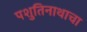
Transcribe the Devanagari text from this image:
पशुतिनाथाचा